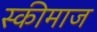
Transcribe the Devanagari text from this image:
स्कीमाज